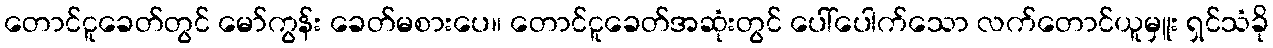
တောင်ငူခေတ်တွင် မော်ကွန်း ခေတ်မစားပေ။ တောင်ငူခေတ်အဆုံးတွင် ပေါ်ပေါက်သော လက်တောင်ယူမှူး ရှင်သံခို